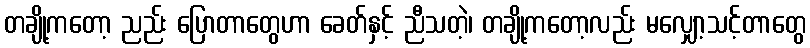
တချို့ကတော့ ညည်း ပြောတာတွေဟာ ခေတ်နှင့် ညီသတဲ့၊ တချို့ကတော့လည်း မလျှော့သင့်တာတွေ